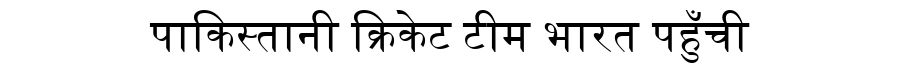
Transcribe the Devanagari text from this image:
पाकिस्तानी क्रिकेट टीम भारत पहुँची